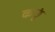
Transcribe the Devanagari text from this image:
कछूं